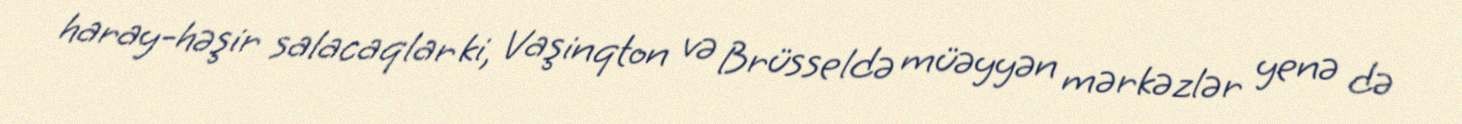
haray-həşir salacaqlar ki, Vaşinqton və Brüsseldə müəyyən mərkəzlər yenə də